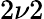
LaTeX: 2\nu 2